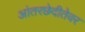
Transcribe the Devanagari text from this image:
आंतरछेदीतेवर